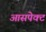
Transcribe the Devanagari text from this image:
आसपेक्ट